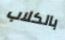
بالكلاب